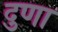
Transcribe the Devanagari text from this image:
दुणा